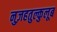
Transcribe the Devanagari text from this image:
नुज़हतुल्कुलूब